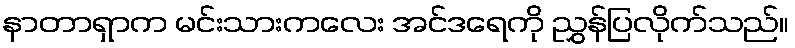
နာတာရှာက မင်းသားကလေး အင်ဒရေကို ညွှန်ပြလိုက်သည်။